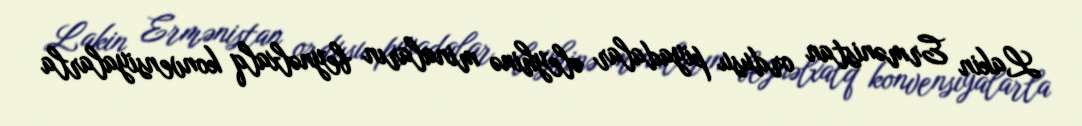
Lakin Ermənistan ordusu piyadalar əleyhinə minaların beynəlxalq konvensiyalarla